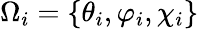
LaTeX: \Omega_{i}=\lbrace\theta_{i},\varphi_{i},\chi_{i}\rbrace